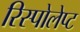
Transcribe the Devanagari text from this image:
रिस्पोलेप्ट